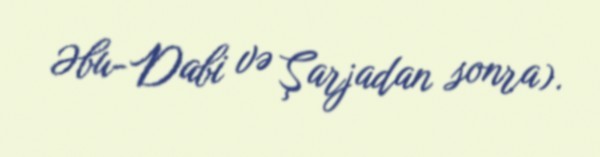
Əbu-Dabi və Şarjadan sonra).